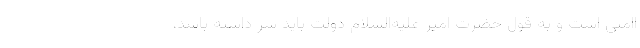
ا‌امنی است و به قول حضرت امیر علیه‌السلام دولت باید سر داشته باشد،